Vaccination in Bombay 1869-1873 - 1869-1873
Year: 1869
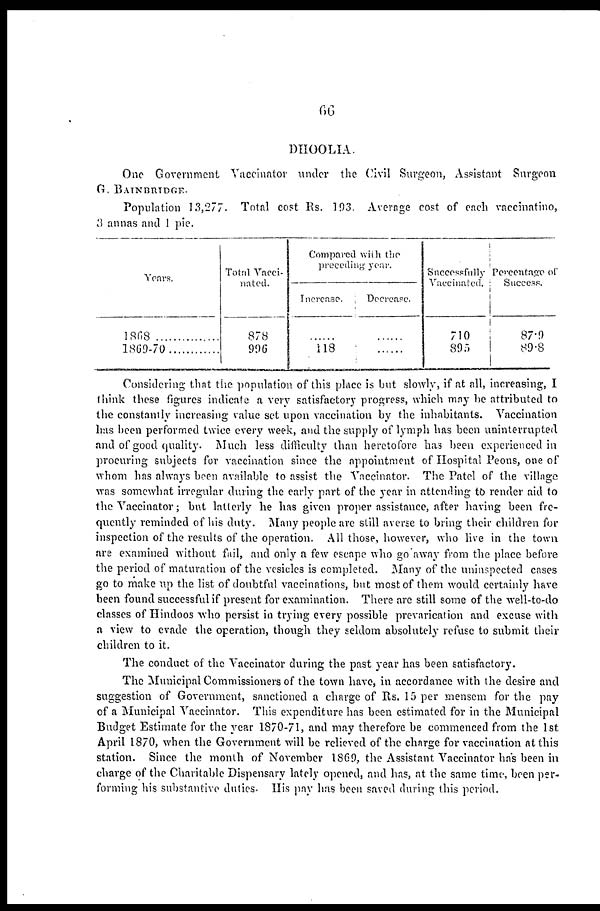
66
DHOOLIA.
One Government Vaccinator under the Civil Surgeon, Assistant Surgeon
G. BAINBRTDGE.
Population 13,277. Total cost Rs. 193. Average cost of each vaccinatino,
3 annas and 1 pie.
Years.
1868
1869-70
Total Vacci-
nated.
878
996
Compared with the
preceding year.
Increase.
......
118
Decrease.
......
......
Successfully
Vaccinated.
710
895
Percentage of
Success.
87.9
89.8
Considering that the population of this place is but slowly, if at all, increasing, I
think these figures indicate a very satisfactory progress, which may be attributed to
the constantly increasing value set upon vaccination by the inhabitants. Vaccination
has been performed twice every week, and the supply of lymph has been uninterrupted
and of good quality. Much less difficulty than heretofore has been experienced in
procuring subjects for vaccination since the appointment of Hospital Peons, one of
whom has always been available to assist the Vaccinator. The Patel of the village
was somewhat irregular during the early part of the year in attending to render aid to
the Vaccinator; but latterly he has given proper assistance, after having been fre-
quently reminded of his duty. Many people are still averse to bring their children for
inspection of the results of the operation. All those, however, who live in the town
are examined without fail, and only a few escape who go away from the place before
the period of maturation of the vesicles is completed. Many of the uninspected cases
go to make up the list of doubtful vaccinations, but most of them would certainly have
been found successful if present for examination. There are still some of the well-to-do
classes of Hindoos who persist in trying every possible prevarication and excuse with
a view to evade the operation, though they seldom absolutely refuse to submit their
children to it.
The conduct of the Vaccinator during the past year has been satisfactory.
The Municipal Commissioners of the town have, in accordance with the desire and
suggestion of Government, sanctioned a charge of Rs. 15 per mensem for the pay
of a Municipal Vaccinator. This expenditure has been estimated for in the Municipal
Budget Estimate for the year 1870-71, and may therefore be commenced from the 1st
April 1870, when the Government will be relieved of the charge for vaccination at this
station. Since the month of November 1869, the Assistant Vaccinator has been in
charge of the Charitable Dispensary lately opened, and has, at the same time, been per-
forming his substantive duties. His pay has been saved during this period.